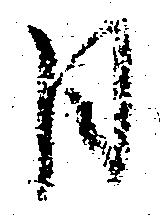
日